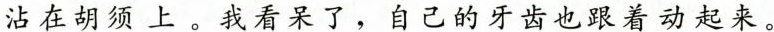
沾在胡须上。我看呆了，自己的牙齿也跟着动起来。